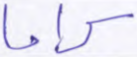
كراما